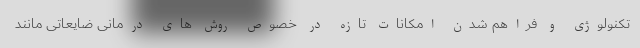
تکنولوژی و فراهم شدن امکانات تازه در خصوص روش های درمانی ضایعاتی مانند